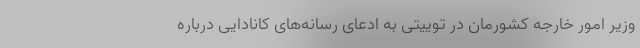
وزیر امور خارجه کشورمان در توییتی به ادعای رسانه‌های کانادایی درباره